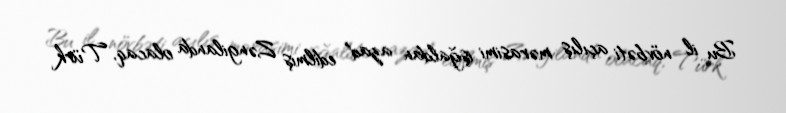
Bu il növbəti açılış mərasimi işğaldan azad edilmiş Zəngilanda olacaq, Türk